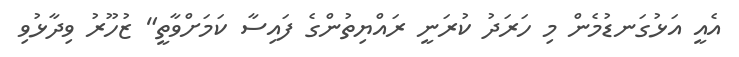
އެއީ އަޅުގަނޑުމެން މި ހަރަދު ކުރަނީ ރައްޔިތުންގެ ފައިސާ ކަމަށްވާތީ" ޒުހޫރު ވިދާޅުވި